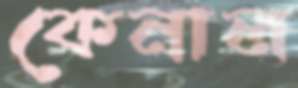
কেনাল